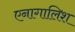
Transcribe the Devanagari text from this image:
एनागालिश